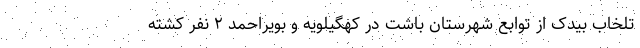
تلخاب بیدک از توابع شهرستان باشت در کهگیلویه و بویراحمد ۲ نفر کشته